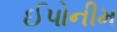
ઈપોનીમ